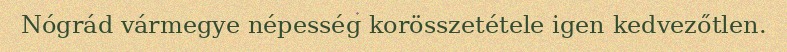
Nógrád vármegye népesség korösszetétele igen kedvezőtlen.